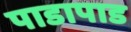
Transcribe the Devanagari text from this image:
पाडापाड